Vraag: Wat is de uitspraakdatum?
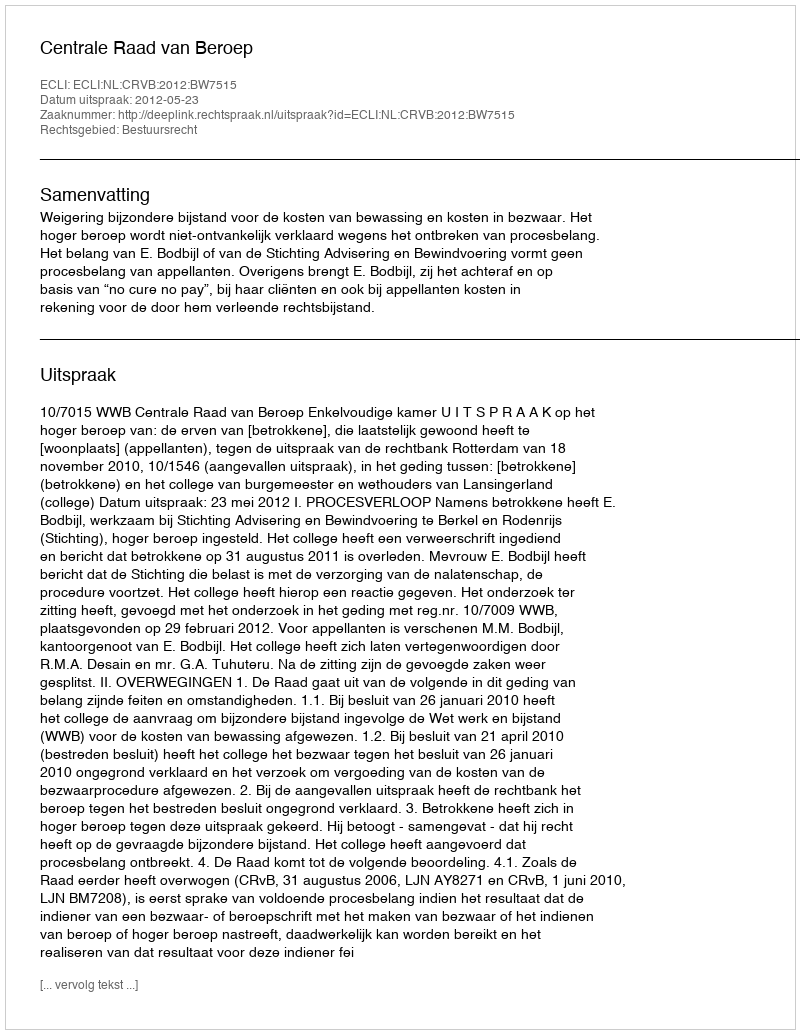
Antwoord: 2012-05-23